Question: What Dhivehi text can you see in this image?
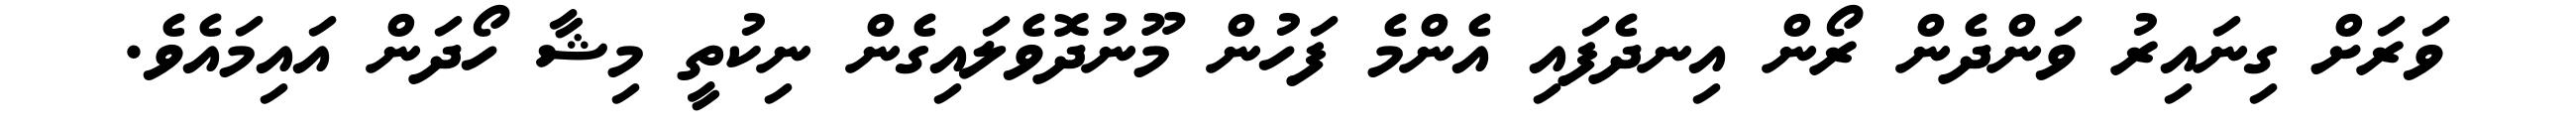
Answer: ވަރަށް ގިނައިރު ވަންދެން ރޯން އިނދެފައި އެންމެ ފަހުން މޫނުދޮވެލައިގެން ނިކުތީ މިޝާ ހޯދަން އައިމައެވެ.